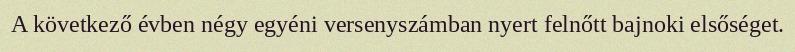
A következő évben négy egyéni versenyszámban nyert felnőtt bajnoki elsőséget.